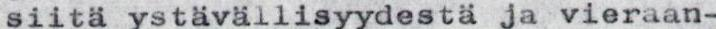
siitä ystävällisyydestä ja vieraan-